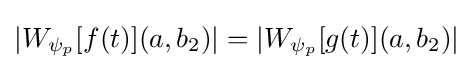
|W_{\psi _{p}}[f(t)](a,b_{2})|=|W_{\psi _{p}}[g(t)](a,b_{2})|